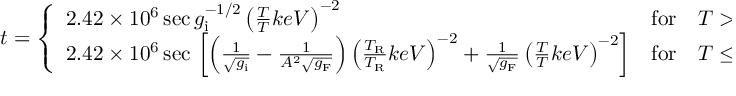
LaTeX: t = \left\{ \begin{array} { l l l } { { 2 . 4 2 \times 1 0 ^ { 6 } \, \mathrm { s e c } \, g _ { \mathrm { i } } ^ { - 1 / 2 } \left( \frac { T } { T } { k e V } \right) ^ { - 2 } } } & { { \mathrm { f o r } } } & { { T > T _ { \mathrm { R } } \ , } } \\ { { 2 . 4 2 \times 1 0 ^ { 6 } \, \mathrm { s e c } \, \left[ \left( \frac { 1 } { \sqrt { g _ { \mathrm { i } } } } - \frac { 1 } { A ^ { 2 } \sqrt { g _ { \mathrm { F } } } } \right) \left( \frac { T _ { \mathrm { R } } } { T _ { \mathrm { R } } } { k e V } \right) ^ { - 2 } + \frac { 1 } { \sqrt { g _ { \mathrm { F } } } } \left( \frac { T } { T } { k e V } \right) ^ { - 2 } \right] } } & { { \mathrm { f o r } } } & { { T \le T _ { \mathrm { F } } \ . } } \end{array} \right.